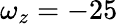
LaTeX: \omega_{z}=-25